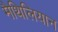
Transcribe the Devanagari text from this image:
मैथिलियान